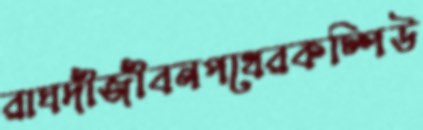
রাঘদীজীবনপথেরকম্পিউ